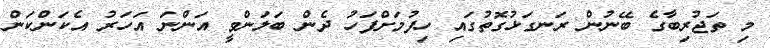
މި ތަޖުރިބާގެ ބޭނުން ރަނގަޅުގޮތުގައި ހިފުމަށްފަހު ދެން ބަލަންވީ އަންނަ އަހަރު އެކަންކަން